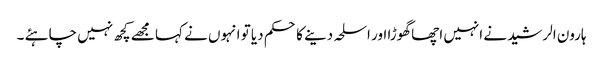
ہارون الرشید نے انہیں اچھا گھوڑا اور اسلحہ دینے کا حکم دیا تو انہوں نے کہا مجھے کچھ نہیں چاہئے ۔